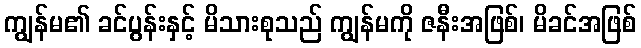
ကျွန်မ၏ ခင်ပွန်းနှင့် မိသားစုသည် ကျွန်မကို ဇနီးအဖြစ်၊ မိခင်အဖြစ်